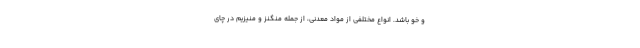
و خو باشد. انواع مختلفی از مواد معدنی، از جمله منگنز و منیزیم در چای